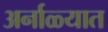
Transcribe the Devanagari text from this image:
अर्नाळ्यात